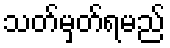
သတ်မှတ်ရမည်